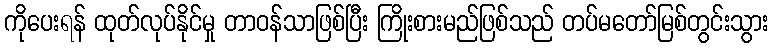
ကိုပေးရန် ထုတ်လုပ်နိုင်မှု တာဝန်သာဖြစ်ပြီး ကြိုးစားမည်ဖြစ်သည် တပ်မတော်မြစ်တွင်းသွား